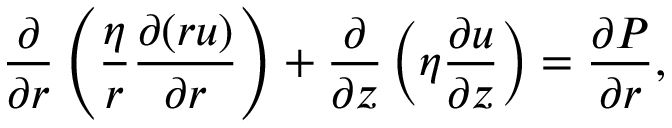
\frac { \partial } { \partial r } \left( \frac { \eta } { r } \frac { \partial ( r u ) } { \partial r } \right) + \frac { \partial } { \partial z } \left( \eta \frac { \partial u } { \partial z } \right) = \frac { \partial P } { \partial r } ,